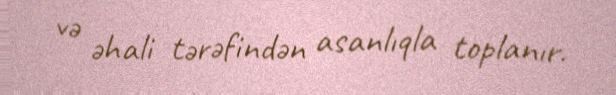
və əhali tərəfindən asanlıqla toplanır.